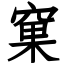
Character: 窠